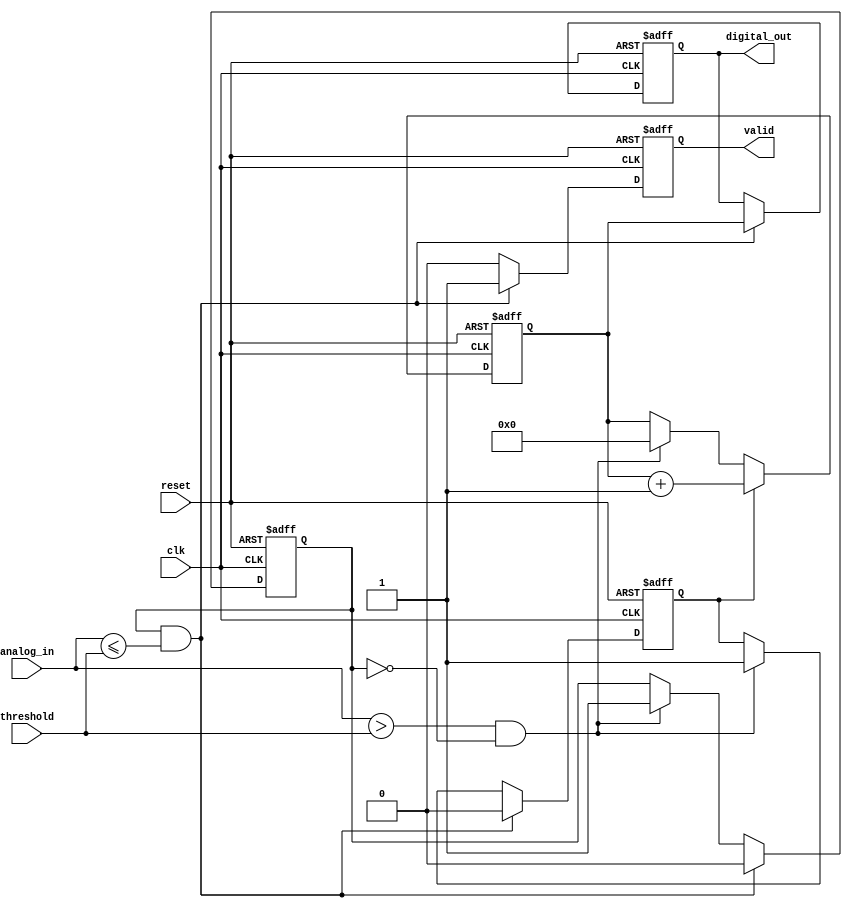
module ATDC (
    input wire clk,                // Sampling clock
    input wire reset,              // Asynchronous reset
    input wire [11:0] analog_in,   // 12-bit digital representation of the analog signal
    input wire [11:0] threshold,    // 12-bit threshold value
    output reg [15:0] digital_out,  // 16-bit digital output representing time interval
    output reg valid               // Output valid flag
);

    reg [15:0] counter;            // Counter for time measurement
    reg measuring;                 // State to indicate if measuring is in progress
    reg threshold_crossed;         // Flag to indicate threshold crossing

    always @(posedge clk or posedge reset) begin
        if (reset) begin
            counter <= 16'b0;
            digital_out <= 16'b0;
            valid <= 1'b0;
            measuring <= 1'b0;
            threshold_crossed <= 1'b0;
        end else begin
            // Threshold detection
            if (analog_in > threshold && !threshold_crossed) begin
                threshold_crossed <= 1'b1; // Set flag when threshold is crossed
                measuring <= 1'b1;          // Start measuring
                counter <= 16'b0;           // Reset counter
            end
            
            // Time measurement logic
            if (measuring) begin
                counter <= counter + 1;     // Increment counter on each clock cycle
            end
            
            // Stop measuring on next clock edge after threshold crossing
            if (threshold_crossed && analog_in <= threshold) begin
                measuring <= 1'b0;           // Stop measuring
                digital_out <= counter;      // Latch counter value to output
                valid <= 1'b1;               // Indicate valid output
                threshold_crossed <= 1'b0;   // Reset threshold crossed flag
            end else if (valid) begin
                valid <= 1'b0;               // Reset valid flag for next measurement
            end
        end
    end
endmodule